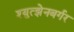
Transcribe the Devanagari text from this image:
श्युत्झेनबर्गर